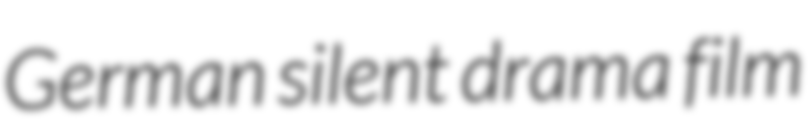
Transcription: German silent drama film